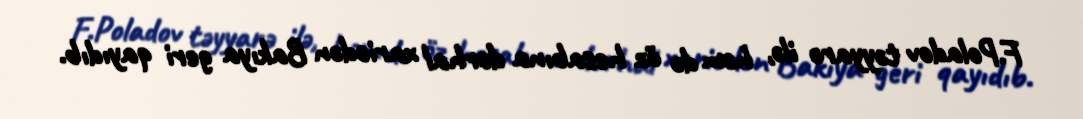
F.Poladov təyyarə ilə, həm də öz hesabına dərhal xaricdən Bakıya geri qayıdıb.